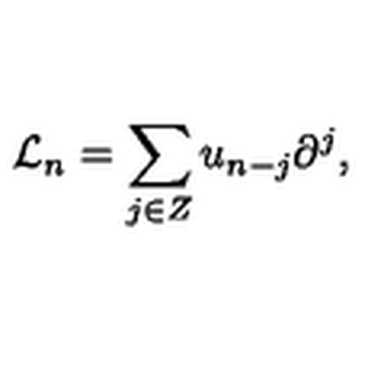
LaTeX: { \mathcal L } _ { n } = \sum _ { j \in Z } u _ { n - j } \partial ^ { j } ,